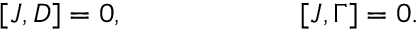
[ J , D ] = 0 , \qquad \qquad \qquad [ J , \Gamma ] = 0 .